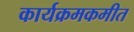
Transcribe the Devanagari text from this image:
कार्यक्रमकमीत